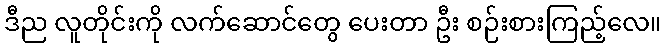
ဒီည လူတိုင်းကို လက်ဆောင်တွေ ပေးတာ ဦး စဉ်းစားကြည့်လေ။